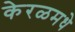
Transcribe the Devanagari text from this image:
केरळमधे